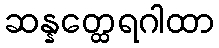
ဆန္နတ္ထေရဂါထာ